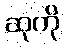
ဆုကို